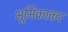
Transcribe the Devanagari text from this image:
भूमिकाकर